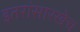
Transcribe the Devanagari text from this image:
इतरांसारखेच